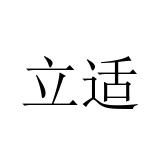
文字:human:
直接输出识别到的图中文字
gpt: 立适